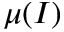
\mu ( I )